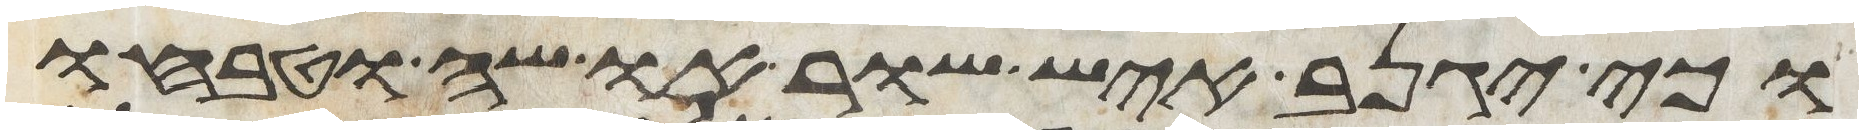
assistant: וכי יגנב איש שור או שה וטבחו